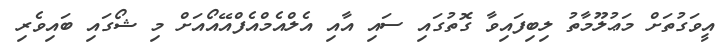
އީވަގުތަށް މަޢުލޫމާތު ލިބިފައިވާ ގޮތުގައި ސައި އާއި އެލްއެމްއެފްއޭއޯއަށް މި ޝޯގައި ބައިވެރި